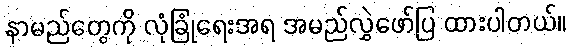
နာမည်တွေကို လုံခြုံရေးအရ အမည်လွှဲဖော်ပြ ထားပါတယ်။